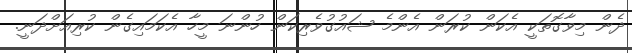
ދެން މިވާގޮތަކީ އެކަން ކުރަން އެންމެ ޝައުގުވެރިކަން ހުންނަ މީހާ އެކަމައިގެން ކުރިއަށްދަނީ.